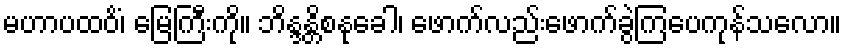
မဟာပထဝိံ၊ မြေကြီးကို။ ဘိန္ဒန္တိစနုခေါ၊ ဖောက်လည်းဖောက်ခွဲကြပေကုန်သလော။